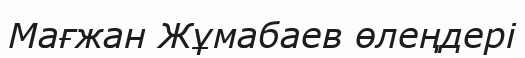
Мағжан Жұмабаев өлеңдері